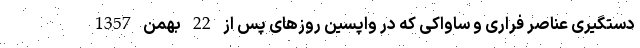
دستگیری عناصر فراری و ساواکی که در واپسین روزهای پس از 22 بهمن 1357